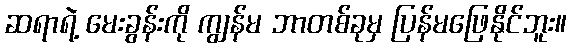
ဆရာရဲ့ မေးခွန်းကို ကျွန်မ ဘာတစ်ခုမှ ပြန်မဖြေနိုင်ဘူး။